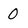
Character: 0